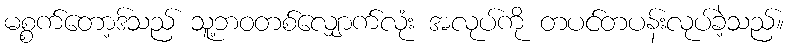
မစ္စက်တော့ဒ်သည် သူ့ဘဝတစ်လျှောက်လုံး အလုပ်ကို တပင်တပန်းလုပ်ခဲ့သည်။